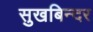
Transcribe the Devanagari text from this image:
सुखबिन्दर